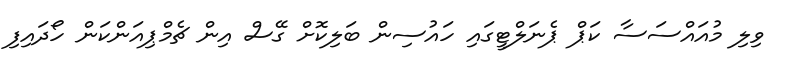
ވިލި މުއައްސަސާ ކަޕް ޕެނަލްޓީގައި ހައުސިން ބަލިކޮށް ގޭސް އިން ޗެމްޕިއަންކަން ހޯދައިފި